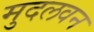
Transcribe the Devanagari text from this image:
मुदलवन